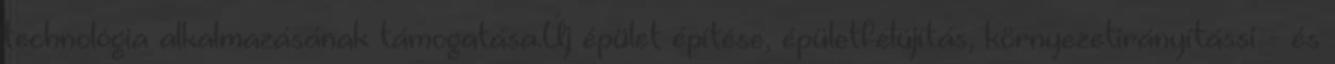
technológia alkalmazásának támogatása.Új épület építése, épületfelújítás, környezetirányítássi - és